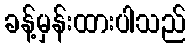
ခန့်မှန်းထားပါသည်